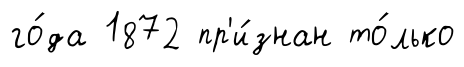
го́да 1872 пр'и́знан то́лько